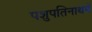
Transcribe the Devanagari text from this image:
पशुपतिनाथमें